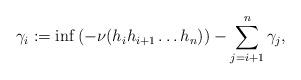
LaTeX: \begin{align*}\gamma_i := \inf \left( -\nu(h_i h_{i+1} \dots h_n)\right) - \sum_{j = i+1}^n \gamma_{j},\end{align*}